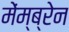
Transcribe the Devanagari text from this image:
मेंम्ब्रेन